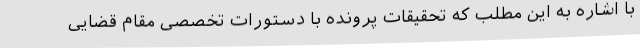
با اشاره به این مطلب که تحقیقات پرونده با دستورات تخصصی مقام قضایی